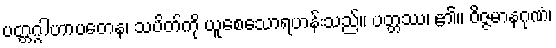
ပတ္တဂ္ဂါဟာပတေန၊ သပိတ်ကို ယူစေသောရဟန်းသည်။ ပတ္တဿ၊ ၏။ ဝိဇ္ဇမာနဂုဏံ၊